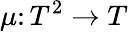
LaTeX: \mu\colon T^{2}\to T